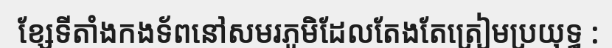
ខ្សែទីតាំងកងទ័ពនៅសមរភូមិដែលតែងតែត្រៀមប្រយុទ្ធ :